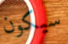
سيكون